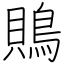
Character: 鵙